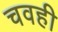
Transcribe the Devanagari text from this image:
चवही